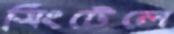
সিংটেলে